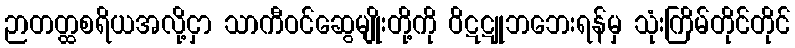
ဉာတတ္ထစရိယအလို့ငှာ သာကီဝင်ဆွေမျိုးတို့ကို ဝိဋဋူဘဘေးရန်မှ သုံးကြိမ်တိုင်တိုင်